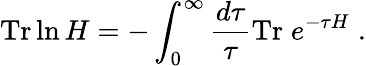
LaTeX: \mathrm{Tr}\ln H=-\int_{0}^{\infty}{\frac{d\tau}{\tau}}\mathrm{Tr}\; e^{-\tau H}\; .